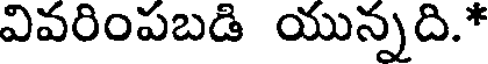
వివరింపబడి యున్నది.*